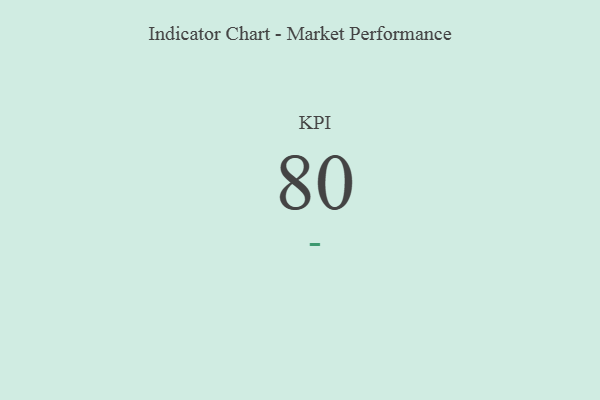
{"axis": {"x": "KPI", "y": "Value"}, "legend": [""], "data": [{"x": "KPI", "y": 80, "type": ""}]}